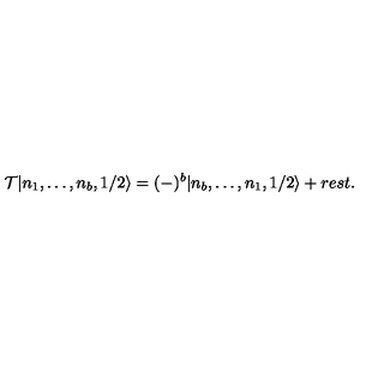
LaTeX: { \cal T } | n _ { 1 } , \ldots , n _ { b } , 1 / 2 \rangle = ( - ) ^ { b } | n _ { b } , \ldots , n _ { 1 } , 1 / 2 \rangle + r e s t .